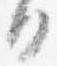
日